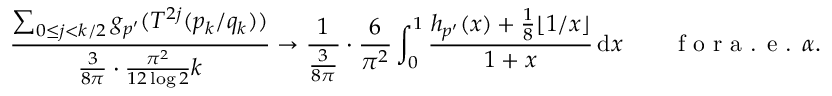
\frac { \sum _ { 0 \le j < k / 2 } g _ { p ^ { \prime } } ( T ^ { 2 j } ( p _ { k } / q _ { k } ) ) } { \frac { 3 } { 8 \pi } \cdot \frac { \pi ^ { 2 } } { 1 2 \log 2 } k } \to \frac { 1 } { \frac { 3 } { 8 \pi } } \cdot \frac { 6 } { \pi ^ { 2 } } \int _ { 0 } ^ { 1 } \frac { h _ { p ^ { \prime } } ( x ) + \frac { 1 } { 8 } \lfloor 1 / x \rfloor } { 1 + x } \, \mathrm { d } x \qquad \textrm { f o r a . e . } \alpha .